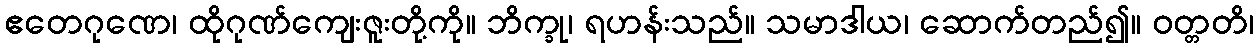
ဧတေဂုဏေ၊ ထိုဂုဏ်ကျေးဇူးတို့ကို။ ဘိက္ခု၊ ရဟန်းသည်။ သမာဒါယ၊ ဆောက်တည်၍။ ဝတ္တတိ၊